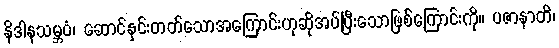
နိဒါနသမ္ဘဝံ၊ ဆောင်နှင်းတတ်သောအကြောင်းဟုဆိုအပ်ပြီးသောဖြစ်ကြောင်းကို။ ပဇာနာတိ၊